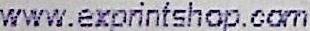
WWW.EXPRINTSHOP.COM